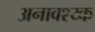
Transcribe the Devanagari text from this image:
अनावश्य्क